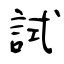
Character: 試